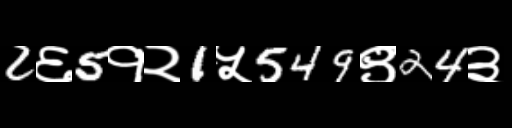
Text: 2६5१२1५549९24३